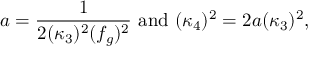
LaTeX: a = \frac { 1 } { 2 ( \kappa _ { 3 } ) ^ { 2 } ( f _ { g } ) ^ { 2 } } ~ \mathrm { a n d } ~ ( \kappa _ { 4 } ) ^ { 2 } = 2 a ( \kappa _ { 3 } ) ^ { 2 } ,